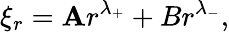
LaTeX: \xi_{r}=\mathbf{A}r^{\lambda_{+}}+Br^{\lambda_{-}},